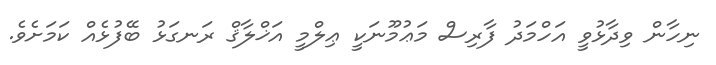
ނިހާން ވިދާޅުވީ އަހްމަދު ފާރިސް މަޢުމޫނަކީ ޢިލްމީ އަޚްލާޤް ރަނގަޅު ބޭފުޅެއް ކަމަށެވެ.